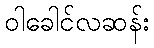
ဝါခေါင်လဆန်း